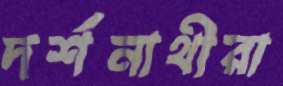
দর্শনাথীরা